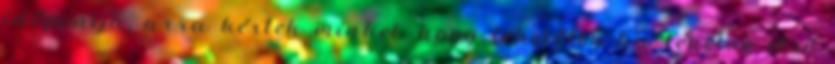
időpontja, arra kértek minket, hogy lehetőleg ha lehetne első